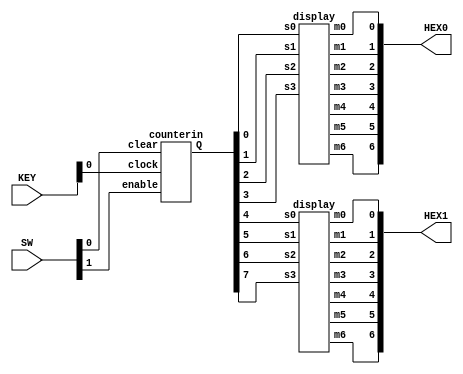
//SW[2:0] data inputs
//SW[9] select signal


module Counter(SW, KEY, HEX0, HEX1);
    input [9:0] SW;
	input [3:0] KEY;
	output [9:0] HEX0;
	output [9:0] HEX1;
	
	wire [7:0] Q;
	
	counterin c0(
		.clock(KEY[0]),
		.enable(SW[1]),
		.clear(SW[0]),
		.Q(Q[7:0]));
	
	display d0(.s0(Q[0]),
		.s1(Q[1]),
		.s2(Q[2]),
		.s3(Q[3]),
        .m0(HEX0[0]),
		.m1(HEX0[1]),
		.m2(HEX0[2]),
		.m3(HEX0[3]),
		.m4(HEX0[4]),
		.m5(HEX0[5]),
		.m6(HEX0[6]));
	
	display d1(.s0(Q[4]),
		.s1(Q[5]),
		.s2(Q[6]),
		.s3(Q[7]),
        .m0(HEX1[0]),
		.m1(HEX1[1]),
		.m2(HEX1[2]),
		.m3(HEX1[3]),
		.m4(HEX1[4]),
		.m5(HEX1[5]),
		.m6(HEX1[6]));
endmodule

module counterin(clock, enable, clear, Q);
	input clock;
	input enable;
	input clear;
	
	output [7:0] Q;
	
	flipflop f0(.enable(enable), .q(Q[0]), .clock(clock), .clear(clear));
	flipflop f1(.enable(enable & Q[0]), .q(Q[1]), .clock(clock), .clear(clear));
	flipflop f2(.enable(Q[0] & Q[1]), .q(Q[2]), .clock(clock), .clear(clear));
	flipflop f3(.enable(Q[1] & Q[2]), .q(Q[3]), .clock(clock), .clear(clear));
	flipflop f4(.enable(Q[2] & Q[3]), .q(Q[4]), .clock(clock), .clear(clear));
	flipflop f5(.enable(Q[3] & Q[4]), .q(Q[5]), .clock(clock), .clear(clear));
	flipflop f6(.enable(Q[4] & Q[5]), .q(Q[6]), .clock(clock), .clear(clear));
	flipflop f7(.enable(Q[5] & Q[6]), .q(Q[7]), .clock(clock), .clear(clear));
endmodule

module flipflop(enable, q, clock, clear);
	input clock;
	input enable;
	input clear;
	output q;
	reg q;
	
	always @(posedge clock, negedge clear)
	begin
	if (clear == 1'b0)
		q <= 0;
	else if (enable == 1'b1)
		q <= q + 1'b1;
	end
endmodule

module display(s0, s1, s2, s3, m0, m1, m2, m3, m4, m5, m6);
	input s0, s1, s2, s3;
	output m0, m1, m2, m3, m4, m5, m6;
	
	assign m0 = ~s3 & ~s2 & ~s1 & s0 | ~s3 & s2 & ~s1 & ~s0 | s3 & ~s2 & s1 & s0 | s3 & s2 & ~s1 & s0;
	assign m1 = s2 & s1 & ~s0 | s3 & s1 & s0 | s3 & s2 & ~s0 | ~s3 & s2 & ~s1 & s0;
	assign m2 = s3 & s2 & ~s0 | s3 & s2 & s1 | ~s3 & ~s2 & s1 & ~s0;
	assign m3 = ~s2 & ~s1 & s0 | s2 & s1 & s0 | ~s3 & s2 & ~s1 & ~s0 | s3 & ~s2 & s1 & ~s0;
	assign m4 = ~s3 & s0 | ~s2 & ~s1 & s0 | ~s3 & s2 & ~s1;
	assign m5 = ~s3 & ~s2 & s0 | ~s3 & ~s2 & s1 | ~s3 & s1 & s0 | s3 & s2 & ~s1 & s0;
	assign m6 = ~s3 & ~s2 & ~s1 | ~s3 & s2 & s1 & s0 | s3 & s2 & ~s1 & ~s0;
endmodule